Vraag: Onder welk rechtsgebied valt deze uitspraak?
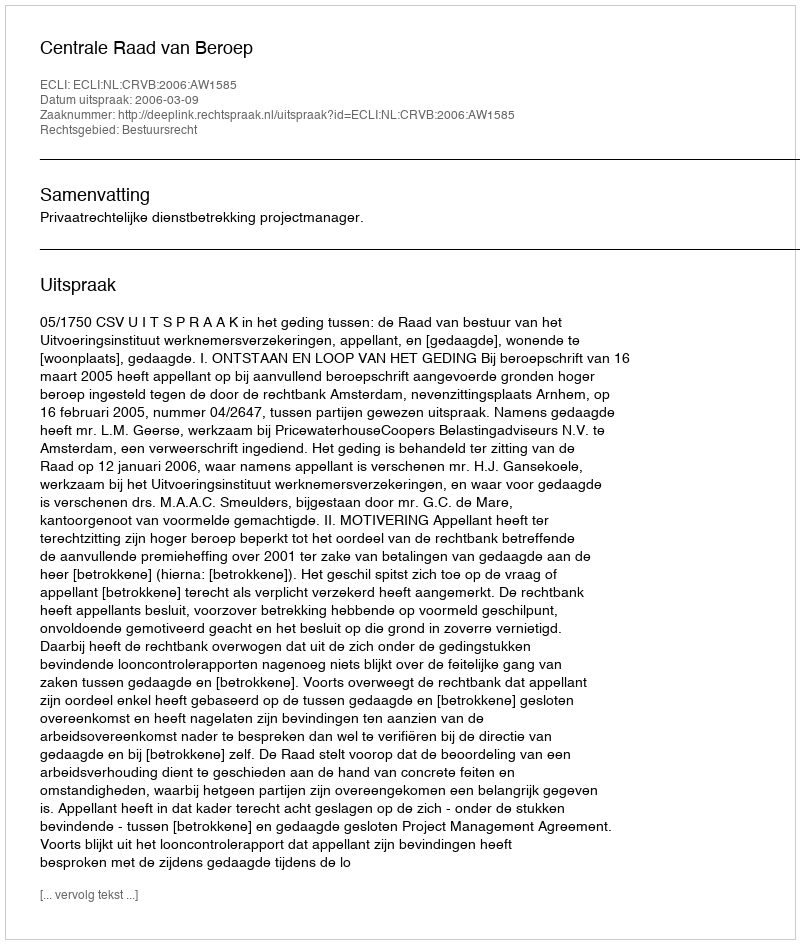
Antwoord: Bestuursrecht